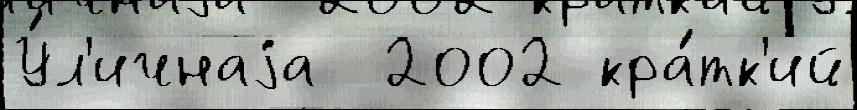
У́л'ичнаjа  2002 кра́тк'ий